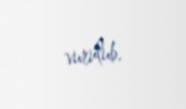
vurulub.